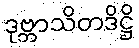
ဒုဗ္ဘာသိတဒိဋ္ဌိ